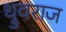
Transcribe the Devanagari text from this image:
ध्रुवराज